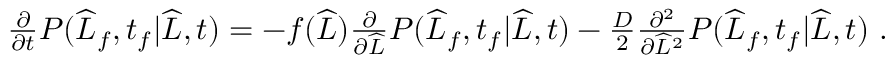
\begin{array} { r } { \frac { \partial } { \partial t } P ( \widehat { L } _ { f } , t _ { f } | \widehat { L } , t ) = - f ( \widehat { L } ) \frac { \partial } { \partial \widehat { L } } P ( \widehat { L } _ { f } , t _ { f } | \widehat { L } , t ) - \frac { D } { 2 } \frac { \partial ^ { 2 } } { \partial \widehat { L } ^ { 2 } } P ( \widehat { L } _ { f } , t _ { f } | \widehat { L } , t ) \ . } \end{array}